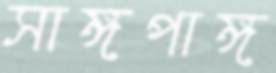
সাঙ্গপাঙ্গ